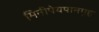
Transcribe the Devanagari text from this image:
मिनीपेयपानगृह